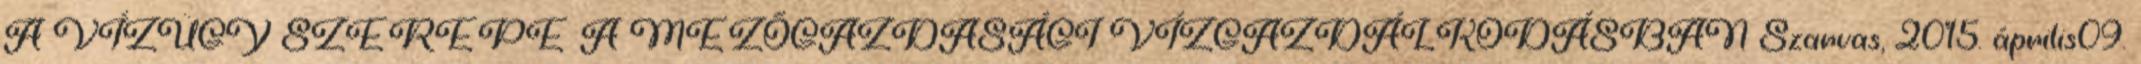
A VÍZÜGY SZEREPE A MEZŐGAZDASÁGI VÍZGAZDÁLKODÁSBAN Szarvas, 2015. április09.